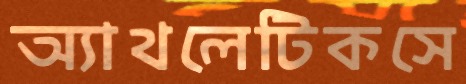
অ্যাথলেটিকসে